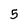
Character: 5